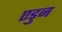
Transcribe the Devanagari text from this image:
एडुन